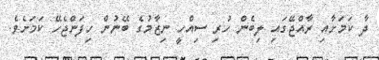
ދާ ކަމަށާއި ރާއްޖޭގައި ލިބެން ހުރި ސިއްހީ ނިޒާމުގެ ބޭނުން ހިފަންޖެހޭ ކަމަށެވެ.